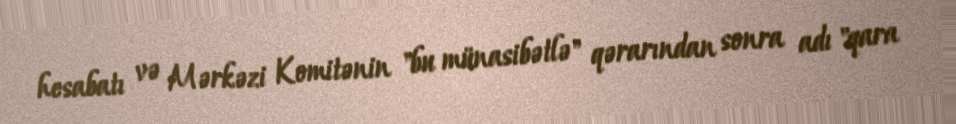
hesabatı və Mərkəzi Komitənin "bu münasibətlə" qərarından sonra adı "qara